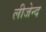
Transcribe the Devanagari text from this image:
लीजेन्द